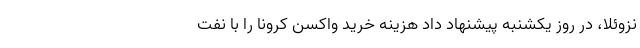
نزوئلا، در روز یکشنبه پیشنهاد داد هزینه خرید واکسن کرونا را با نفت